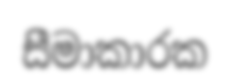
සීමාකාරක